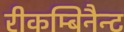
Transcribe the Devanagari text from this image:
रीकम्बिनैन्ट